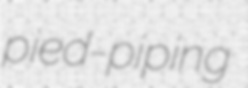
pied-piping